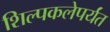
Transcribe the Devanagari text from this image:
शिल्पकलेपर्यंत